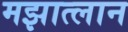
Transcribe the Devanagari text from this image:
मझात्लान